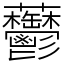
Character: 䖇